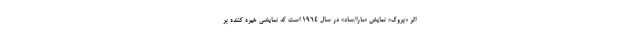
اثر «بروک» نمایش «مارا/ساد» در سال ۱۹۶۴ است که نمایشی خیره کننده بر